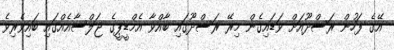
އޭގެ ފަހުން ރަސްދޫއަށް ވަޑައިގެން މިރޭ ރަސްދޫގައި ބާއްވާ އެމްޑީޕީގެ ޖަލްސާއެއްގައި ބައިވެރިވެ